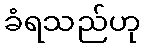
ခံရသည်ဟု